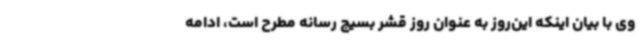
وی با بیان اینکه این‌روز به عنوان روز قشر بسیج رسانه مطرح است، ادامه